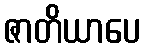
ဇာတိယာပေ